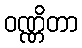
ဝဏ္ဏိတာ